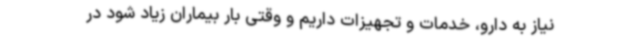
نیاز به دارو، خدمات و تجهیزات داریم و وقتی بار بیماران زیاد شود در